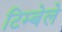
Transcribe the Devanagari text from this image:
टिम्बेले